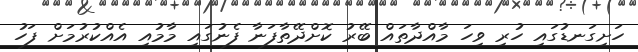
ހަށިގަނޑުގައި ހުރި ވިހަ މާއްދާތައް ބޭރު ކޮށްދޭތާފަނާ ފެނުގައި މާމުއި އެއްކުރުމަށް ފަހު